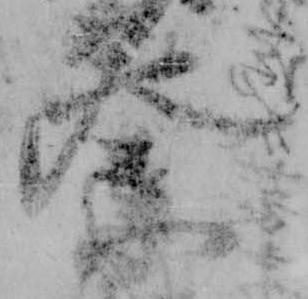
祭